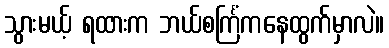
သွားမယ့် ရထားက ဘယ်စင်္ကြံကနေထွက်မှာလဲ။